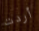
أردت